Civil Veterinary Department Bihar & Orissa reports 1929-36 - 1929-1936
Year: 1929
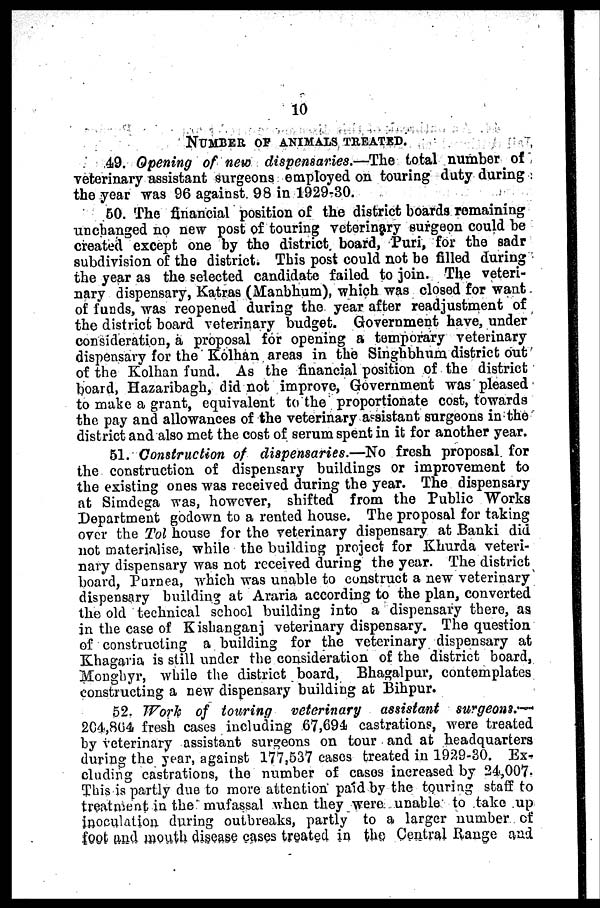
10
NUMBER OF ANIMALS TREATED.
49. Opening of new dispensaries.—The total number of
veterinary assistant surgeons employed on touring duty during
the year was 96 against 98 in 1929-30.
50. The financial position of the district boards remaining
uuchanged no new post of touring veterinary surgeon could be
created except one by the district board, Puri, for the sadr
subdivision of the district. This post could not be filled during
the year as the selected candidate failed to join. The veteri-
nary dispensary, Katras (Manbhum), which was closed for want
of funds, was reopened during the year after readjustment of
the district board veterinary budget. Government have, under
consideration, a proposal for opening a temporary veterinary
dispensary for the Kolhan areas in the Singhbhum district out
of the Kolhan fund. As the financial position of the district
board, Hazaribagh, did not improve, Government was pleased
to make a grant, equivalent to the proportionate cost, towards
the pay and allowances of the veterinary assistant surgeons in the
district and also met the cost of serum spent in it for another year.
51. Construction of dispensaries.—No fresh proposal for
the construction of dispensary buildings or improvement to
the existing ones was received during the year. The dispensary
at Simdega was, however, shifted from the Public Works
Department godown to a rented house. The proposal for taking
over the Tol house for the veterinary dispensary at Banki did
not materialise, while the building project for Khurda veteri-
nary dispensary was not received during the year. The district
board, Purnea, which was unable to construct a new veterinary
dispensary building at Araria according to the plan, converted
the old technical school building into a dispensary there, as
in the case of Kishanganj veterinary dispensary. The question
of constructing a building for the veterinary dispensary at
Khagavia is still under the consideration of the district board,
Monghyr, while the district board, Bhagalpur, contemplates
constructing a new dispensary building at Bihpur.
52. Work of touring
veterinary
assistant
surgeons.-
264,864 fresh cases including 67,694 castrations, were treated
by veterinary assistant surgeons on tour and at headquarters
during the year, against 177,537 cases treated in 1929-30. Ex-
cluding castrations, the number of cases increased by 24,007.
This is partly due to more attention paid by the touring staff to
treatment in the mufassal when they were unable to take up
inoculation during outbreaks, partly to a larger number of
foot and mouth disease cases treated in the Central Range and